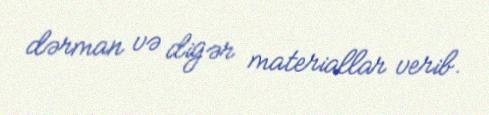
dərman və digər materiallar verib.